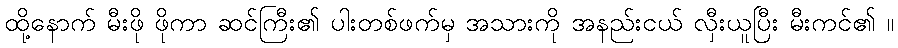
ထို့နောက် မီးဖို ဖိုကာ ဆင်ကြီး၏ ပါးတစ်ဖက်မှ အသားကို အနည်းငယ် လှီးယူပြီး မီးကင်၏ ။